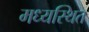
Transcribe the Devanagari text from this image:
मध्यस्थित